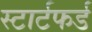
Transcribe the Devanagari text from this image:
स्टार्टफर्ड